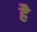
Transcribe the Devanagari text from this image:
हेेै